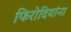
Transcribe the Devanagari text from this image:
फिरोदियांना